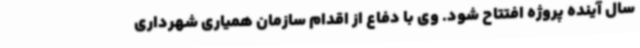
سال آینده پروژه افتتاح شود. وی با دفاع از اقدام سازمان همیاری شهرداری